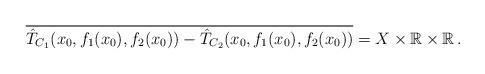
LaTeX: \begin{align*}\overline{\hat T_{C_1}(x_0, f_1(x_0), f_2(x_0))- \hat T_{C_2}(x_0, f_1(x_0), f_2(x_0))} = X\times \mathbb{R}\times \mathbb{R} \, .\end{align*}